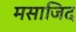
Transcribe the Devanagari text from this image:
मसाजिद